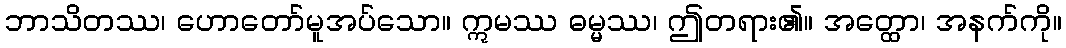
ဘာသိတဿ၊ ဟောတော်မူအပ်သော။ ဣမဿ ဓမ္မဿ၊ ဤတရား၏။ အတ္ထော၊ အနက်ကို။